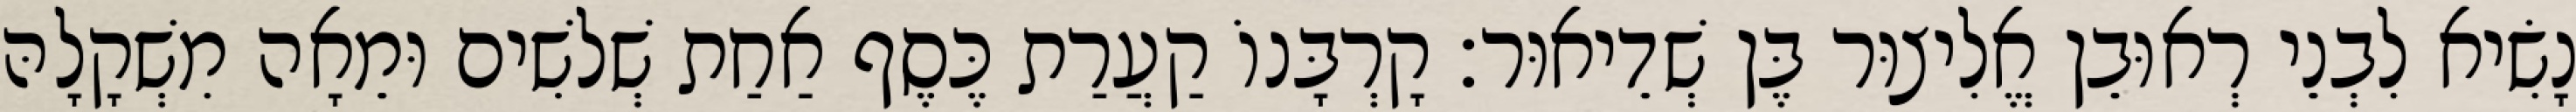
נָשִׂיא לִבְנֵי רְאוּבֵן אֱלִיצוּר בֶּן שְׁדֵיאוּר׃ קָרְבָּנוֹ קַעֲרַת כֶּסֶף אַחַת שְׁלשִׁים וּמֵאָה מִשְׁקָלָהּ